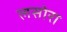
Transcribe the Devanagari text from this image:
लसोरा